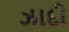
ઝાદી